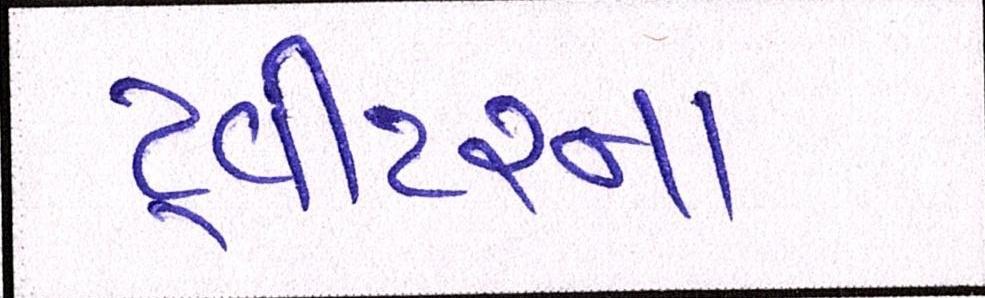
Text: ટ્વીટરના